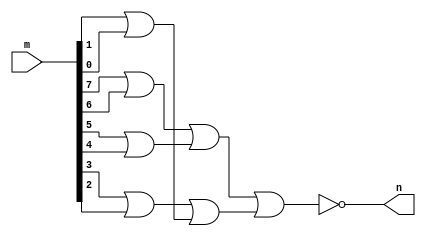
//Extra 01
//Nome: Vitor Angelo Lima
//Matrcula: 451621

module zero(output n, input [0:7]m);
	wire a,b,c,d, e, f;
	assign a = m[0] | m[1];
	assign b = m[2] | m[3];
	assign c = m[4] | m[5];
	assign d = m[6] | m[7];
	assign e = a | b;
	assign f = c | d;
	assign n = ~(e | f);
endmodule

module main;
	reg [0:7]r;
	wire p;
	zero z1(p, r);
	
	initial begin
		r = 8'b0000_0000;
		#1 $display( "%b = %b", r, p);
	end
endmodule